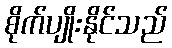
စိုက်ပျိုးနိုင်သည်